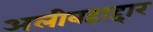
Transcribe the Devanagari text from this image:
अलीबहाद्दार